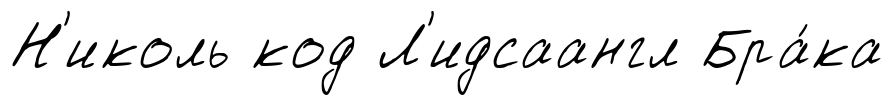
Н'иколь код Л'идсаангл Бра́ка